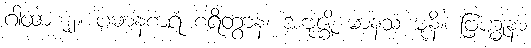
ဂါထာ ၂၂။ ပဓာနစာရံ စရိတွာန၊ အဗုဇ္ဈိ မာနသံ မုနိ။ ဗြဟ္မုနာ